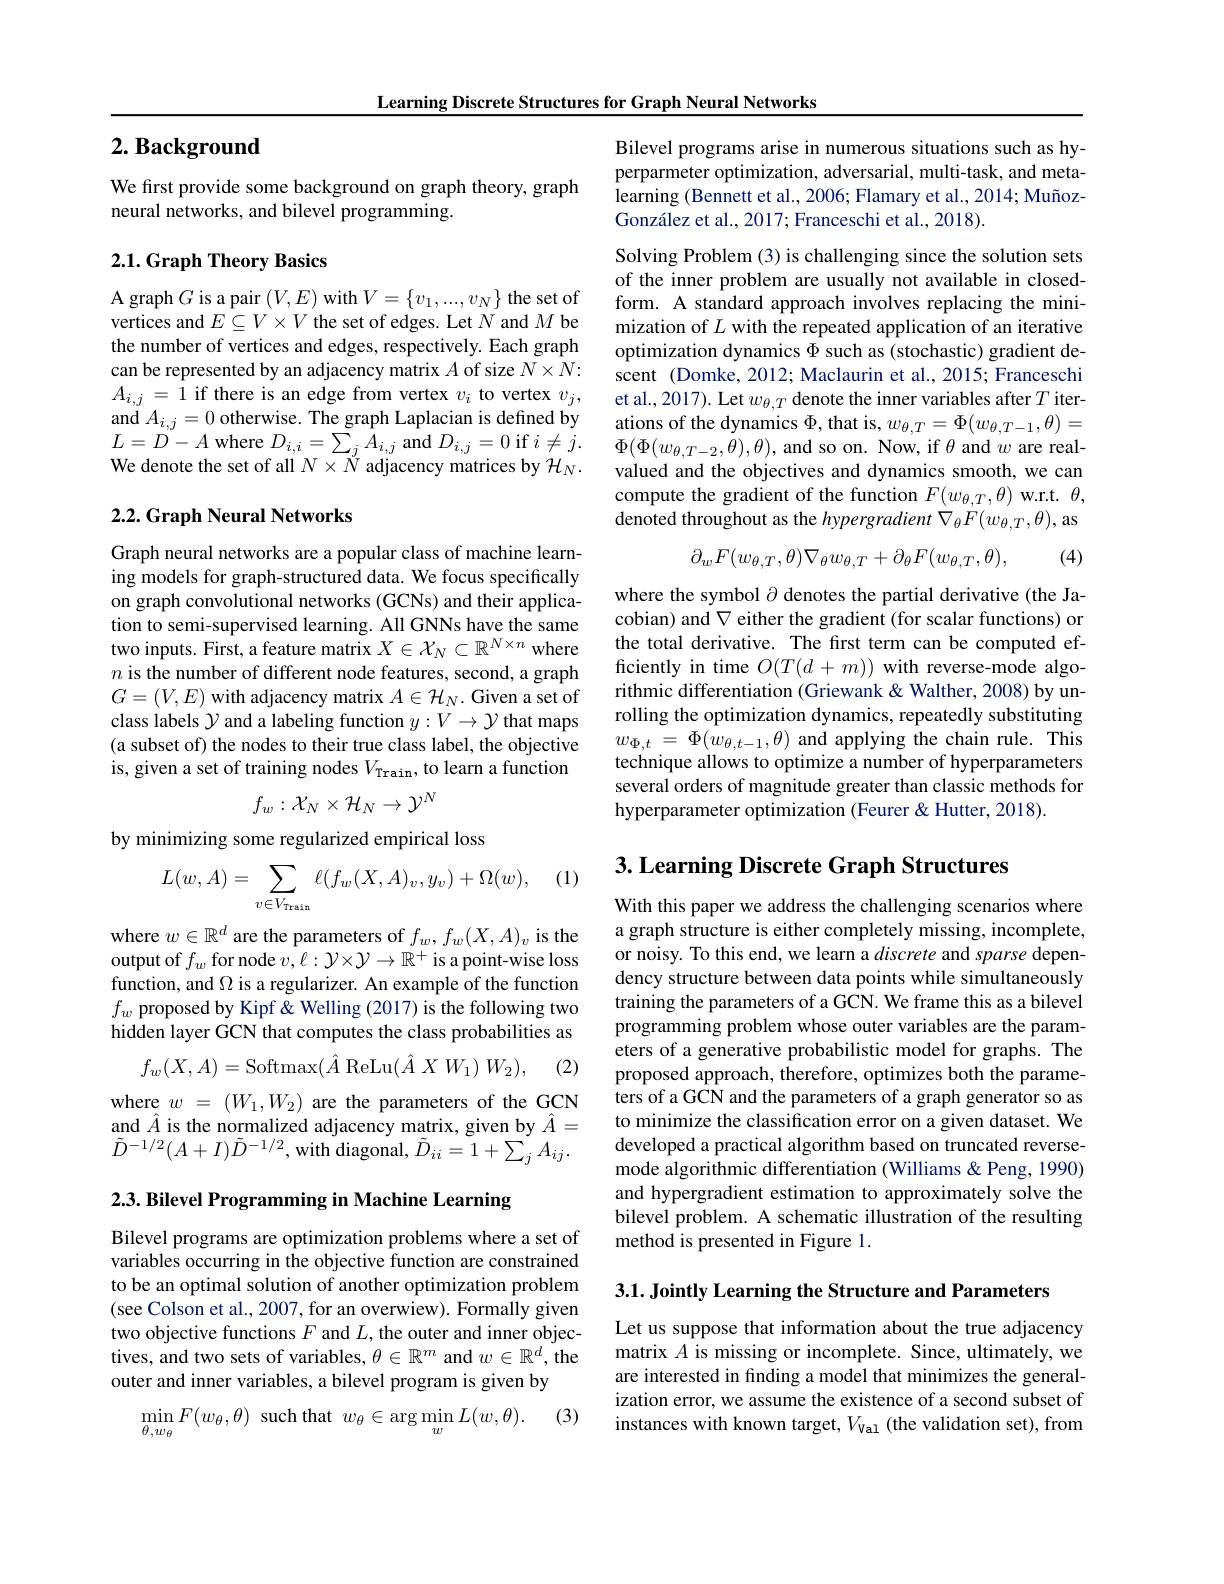
Learning Discrete Structures for Graph Neural Networks

## $2. \textbf{ Background}$

We first provide some background on graph theory, graph
neural networks, and bilevel programming.

## 2.1. Graph Theory Basics

A graph $G$ is a pair $(V,E)$ with $V=\{v_1,...,v_N\}$ the set of vertices and $E\subseteq V\times V$ the set of edges. Let $N$ and $M$ be the number of vertices and edges, respectively. Each graph can be represented by an adjacency matrix $A$ of size $N\times N:$ $A_{i,j}=1$ if there is an edge from vertex $v_i$ to vertex $v_j$, $\begin{array}{l}{\mathrm{and~}A_{i,j}=0\text{ otherwise. The graph Laplacian is defined by}}\\{\mathrm{and~}A_{i,j}=0\text{ otherwise. The graph Laplacian is defined by}}\\{\mathrm{and~}A_{i,j}=0\text{ otherwise. T}}\\{\mathrm{and~}}\\{\mathrm{and~}}\\{\mathrm{and~}}\\{\mathrm{and~}}\\{\mathrm{and~}}\\{\mathrm{an~}}\\{\mathrm{an~}}\\{\mathrm{an~}}\\{\mathrm{an~}}\\{\mathrm{an~}}\\{}\end{array}$ $L=D-A$ where $D_i,i=\sum_jA_{i,j}$ and $D_i,j=0$ if $i\neq j.$ We denote the set of all $N\times N$ adjacency matrices by $\mathcal{H}_N.$

## 2.2. Graph Neural Networks

Graph neural networks are a popular class of machine learning models for graph-structured data. We focus specifically on graph convolutional networks (GCNs) and their application to semi-supervised learning. All GNNs have the same two inputs. First, a feature matrix $X\in\mathcal{X}_N\subset\mathbb{R}^{N\times n}$ where $n$ is the number of different node features, second, a graph $G=(V,E)$ with adjacency matrix $A\in\mathcal{H}_N.$ Given a set of class labels $\mathcal{Y}$ and a labeling function $y:V\to\mathcal{Y}$ that maps (a subset of) the nodes to their true class label, the objective is, given a set of training nodes $V_\mathrm{Train}$, to learn a function
$$f_w:\mathcal{X}_N\times\mathcal{H}_N\to\mathcal{Y}^N$$
by minimizing some regularized empirical loss

(1)
$$L(w,A)=\sum_{v\in V_{\text{Train}}}\ell(f_{w}(X,A)_{v},y_{v})+\Omega(w),$$
where $w\in\mathbb{R}^d$ are the parameters of $f_w,f_w(X,A)_v$ is the output of $f_w$ for node $v,\ell:\mathcal{Y}\times\mathcal{Y}\to\mathbb{R}^+$ is a point-wise loss function, and $\Omega$ is a regularizer. An example of the function $f_w$ proposed by Kipf & Welling (2017) is the following two hidden layer GCN that computes the class probabilities as
$$f_w(X,A)=\mathrm{Softmax}(\hat{A}\:\mathrm{ReLu}(\hat{A}\:X\:W_1)\:W_2),$$
(2)
where $w=(W_1,W_2)$ are the parameters of the GCN and $\hat{A}$ is the normalized adjacency matrix, given by $\hat{A}=$ $\tilde{D}^{-1/2}(A+I)\tilde{D}^{-1/2}$,with diagonal, $\tilde{D}_{ii}=1+\sum_{j}A_{ij}.$

$2. 3. \textbf{ Bilevel Programming in Machine Learning}$

Bilevel programs are optimization problems where a set of variables occurring in the objective function are constrained to be an optimal solution of another optimization problem (see Colson et al., 2007, for an overwiew). Formally given two objective functions $F$ and $L$, the outer and inner objectives, and two sets of variables, $\theta\in\mathbb{R}^m$ and $w\in\mathbb{R}^d$, the outer and inner variables, a bilevel program is given by

(3)
$$\min\limits_{\theta,w_\theta}F(w_\theta,\theta)\:\text{such that}\:w_\theta\in\arg\min\limits_wL(w,\theta).$$
Bilevel programs arise in numerous situations such as hyperparmeter optimization, adversarial, multi-task, and metalearning (Bennett et al., 2006; Flamary et al., 2014; MuñozGonzález et al., 2017; Franceschi et al., 2018).

Solving Problem (3) is challenging since the solution sets of the inner problem are usually not available in closedform. A standard approach involves replacing the minimization of $L$ with the repeated application of an iterative optimization dynamics $\Phi$ such as (stochastic) gradient descent (Domke, 2012; Maclaurin et al., 2015; Franceschi et al., 2017). Let $w_{\theta,T}$ denote the inner variables after $T$ iterations of the dynamics $\Phi$, that is, $w_\theta,T=\Phi(w_{\theta,T-1},\theta)=$ $\Phi(\Phi(w_{\theta,T-2},\dot{\theta}),\theta)$,and so on. Now, if $\theta$ and $w$ are realvalued and the objectives and dynamics smooth, we can compute the gradient of the function $F(w_{\theta,T},\theta)$ w.r.t. $\theta$, denoted throughout as the hypergradient $\nabla _{\theta }F( w_{\theta , T}, \theta ) $,as
$$\partial_wF(w_{\theta,T},\theta)\nabla_\theta w_{\theta,T}+\partial_\theta F(w_{\theta,T},\theta),$$
(4)

where the symbol $\partial$ denotes the partial derivative (the Jacobian) and $\nabla$ either the gradient (for scalar functions) or the total derivative. The first term can be computed efficiently in time $O(T(d+m))$ with reverse-mode algorithmic differentiation (Griewank & Walther, 2008) by unrolling the optimization dynamics, repeatedly substituting $w_{\Phi , t}$ = $\Phi ( \dot{w} _{\theta , t- 1}, \theta )$ and applying the chain rule. This technique allows to optimize a number of hyperparameters several orders of magnitude greater than classic methods for hyperparameter optimization (Feurer & Hutter, 2018).

## 3. Learning Discrete Graph Structures

With this paper we address the challenging scenarios where a graph structure is either completely missing, incomplete, or noisy. To this end, we learn a discrete and sparse dependency structure between data points while simultaneously training the parameters of a GCN. We frame this as a bilevel programming problem whose outer variables are the parameters of a generative probabilistic model for graphs. The proposed approach, therefore, optimizes both the parameters of a GCN and the parameters of a graph generator so as to minimize the classification error on a given dataset. We developed a practical algorithm based on truncated reversemode algorithmic differentiation (Williams &Peng, 1990) and hypergradient estimation to approximately solve the bilevel problem. A schematic illustration of the resulting method is presented in Figure 1.

3.1. Jointly Learning the Structure and Parameters

Let us suppose that information about the true adjacency matrix $A$ is missing or incomplete. Since, ultimately, we are interested in finding a model that minimizes the generalization error, we assume the existence of a second subset of instances with known target, $V_\mathrm{Val}$ (the validation set), from